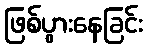
ဖြစ်ပွားနေခြင်း